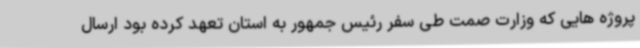
پروژه هایی که وزارت صمت طی سفر رئیس جمهور به استان تعهد کرده بود ارسال